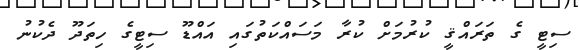
ސިޓީ ގެ ތަރައްޤީ ކުރުމަށް ކުރާ މަސައްކަތުގައި އައްޑޫ ސިޓީގެ ހިތަދޫ ދެކުނު